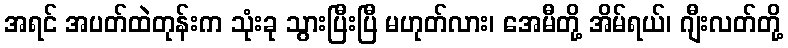
အရင် အပတ်ထဲတုန်းက သုံးခု သွားပြီးပြီ မဟုတ်လား၊ အေမီတို့ အိမ်ရယ်၊ ဂျီးလတ်တို့